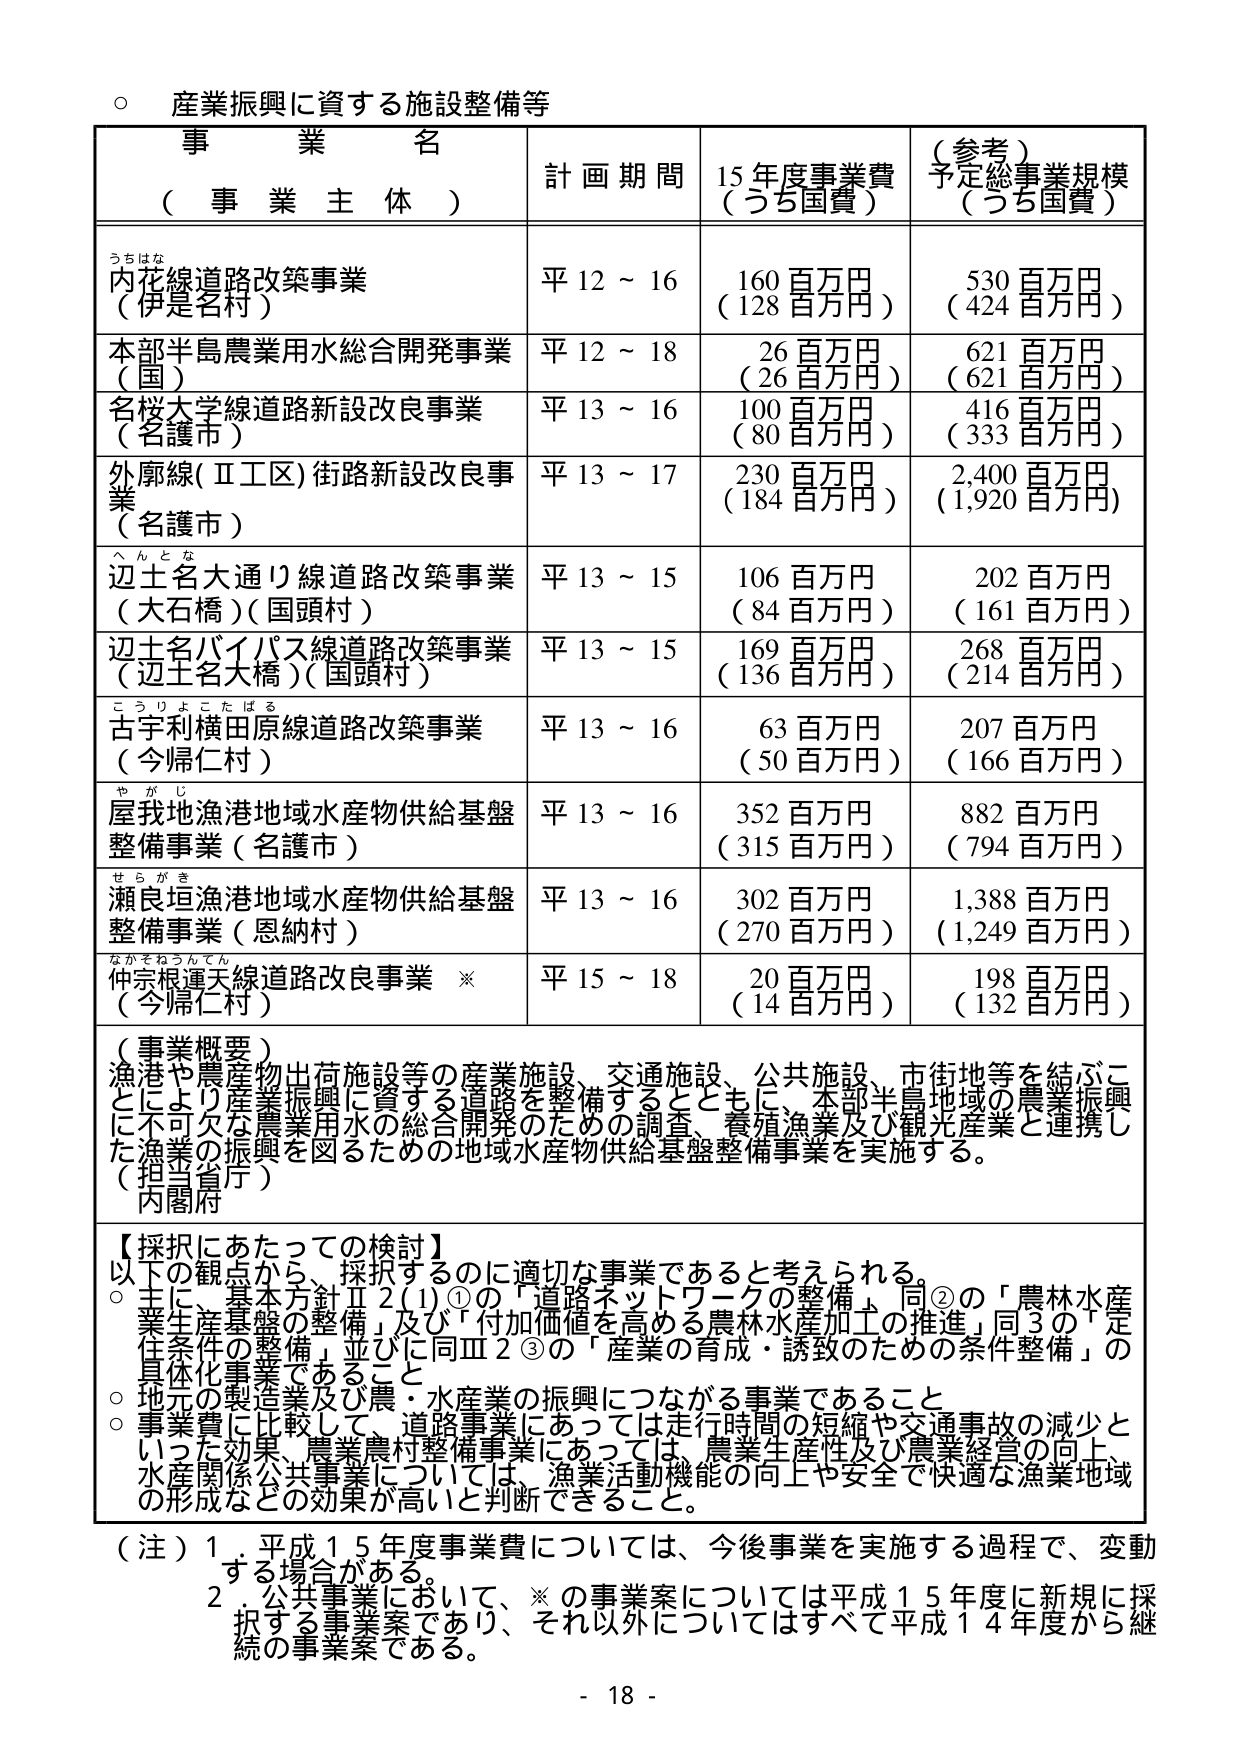
○ 産業振興に資する施設整備等

事 業 名
（ 事 業 主 体 ）

計 画 期 間

15 年度事業費
（うち国費）

（参考）
予定総事業規模
（うち国費）

うちはな
内花線道路改築事業
（伊是名村）

平 12 ～ 16

160 百万円
（128 百万円）

530 百万円
（424 百万円）

本部半島農業用水総合開発事業
（国）

平 12 ～ 18

26 百万円
（26 百万円）

621 百万円
（621 百万円）

名桜大学線道路新設改良事業
（名護市）

平 13 ～ 16

100 百万円
（80 百万円）

416 百万円
（333 百万円）

外廓線(Ⅱ工区)街路新設改良事業
（名護市）

平 13 ～ 17

230 百万円
（184 百万円）

2,400 百万円
（1,920 百万円）

へんとな
辺士名大通り線道路改築事業
（大石橋）（国頭村）

平 13 ～ 15

106 百万円
（84 百万円）

202 百万円
（161 百万円）

辺士名バイパス線道路改築事業
（辺士名大橋）（国頭村）

平 13 ～ 15

169 百万円
（136 百万円）

268 百万円
（214 百万円）

ごうりよこたばる
古宇利横田原線道路改築事業
（今帰仁村）

平 13 ～ 16

63 百万円
（50 百万円）

207 百万円
（166 百万円）

やがじ
屋我地漁港地域水産物供給基盤整備事業（名護市）

平 13 ～ 16

352 百万円
（315 百万円）

882 百万円
（794 百万円）

せらがき
瀬良垣漁港地域水産物供給基盤整備事業（恩納村）

平 13 ～ 16

302 百万円
（270 百万円）

1,388 百万円
（1,249 百万円）

なかそねうんてん
仲宗根運天線道路改良事業 ※
（今帰仁村）

平 15 ～ 18

20 百万円
（14 百万円）

198 百万円
（132 百万円）

（事業概要）
漁港や農産物出荷施設等の産業施設、交通施設、公共施設、市街地等を結ぶことにより産業振興に資する道路を整備するとともに、本部半島地域の農業振興に不可欠な農業用水の総合開発のための調査、養殖漁業及び観光産業と連携した漁業の振興を図るための地域水産物供給基盤整備事業を実施する。
（担当省庁）
内閣府

【採択にあたっての検討】
以下の観点から、採択するのに適切な事業であると考えられる。
○ 主に、基本方針Ⅱ2(1)①の「道路ネットワークの整備」、同②の「農林水産業生産基盤の整備」及び「付加価値を高める農林水産加工の推進」同③の「定住条件の整備」並びに同Ⅲ2③の「産業の育成・誘致のための条件整備」の具体化事業であること
○ 地元の製造業及び農・水産業の振興につながる事業であること
○ 事業費に比較して、道路事業にあっては走行時間の短縮や交通事故の減少といった効果、農業農村整備事業にあっては、農業生産性及び農業経営の向上、水産関係公共事業については、漁業活動機能の向上や安全で快適な漁業地域の形成などの効果が高いと判断できること。

（注）1. 平成15年度事業費については、今後事業を実施する過程で、変動する場合がある。
2. 公共事業において、※の事業案については平成15年度に新規に採択する事業案であり、それ以外についてはすべて平成14年度から継続の事業案である。

- 18 -